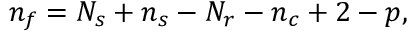
n _ { f } = N _ { s } + n _ { s } - N _ { r } - n _ { c } + 2 - p ,